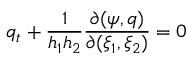
q _ { t } + \frac { 1 } { h _ { 1 } h _ { 2 } } \frac { \partial ( \psi , q ) } { \partial ( \xi _ { 1 } , \xi _ { 2 } ) } = 0